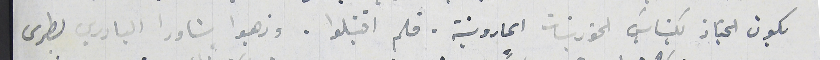
يكون الجناز بكنايسَ الخورنيات المارونية . فلم اقتبلوا. وذهبوا شاورا البادري بطرس